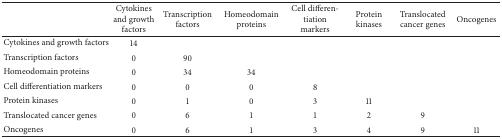
|  | Cytokines and growth factors | Transcription factors | Homeodomain proteins | Cell differentiation markers | Protein kinases | Translocated cancer genes | Oncogenes |
 | --- | --- | --- | --- | --- | --- | --- | --- |
 | Cytokines and growth factors | 14 |  |  |  |  |  |  |
 | Transcription factors | 0 | 90 |  |  |  |  |  |
 | Homeodomain proteins | 0 | 34 | 34 |  |  |  |  |
 | Cell differentiation markers | 0 | 0 | 0 | 8 |  |  |  |
 | Protein kinases | 0 | 1 | 0 | 3 | 11 |  |  |
 | Translocated cancer genes | 0 | 6 | 1 | 1 | 2 | 9 |  |
 | Oncogenes | 0 | 6 | 1 | 3 | 4 | 9 | 11 |